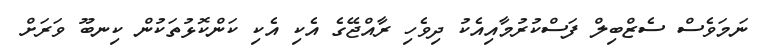
ނަމަވެސް ސެޒްބިލް ފަސްކުރުމާއިއެކު ދިވެހި ރާއްޖޭގެ އެކި އެކި ކަންކޮޅުތަކުން ކިނބޫ ވަރަށް